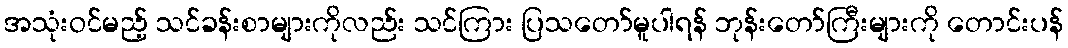
အသုံးဝင်မည့် သင်ခန်းစာများကိုလည်း သင်ကြား ပြသတော်မူပါရန် ဘုန်းတော်ကြီးများကို တောင်းပန်